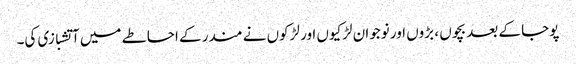
پوجا کے بعد بچوں ، بڑوں اور نوجوان لڑکیوں اور لڑکوں نے مندر کے احاطے میں آتشبازی کی۔